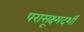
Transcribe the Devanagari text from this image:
परासूक्ष्मदर्शी